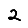
Digit: 2